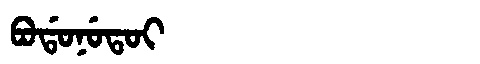
Manchu: ᠪᠣᡩᠣᠨᡠᡨᠣᡳ
Romanization: BODONUTOI